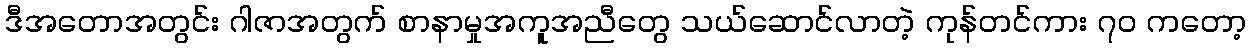
ဒီအတောအတွင်း ဂါဇာအတွက် စာနာမှုအကူအညီတွေ သယ်ဆောင်လာတဲ့ ကုန်တင်ကား ၇၀ ကတော့